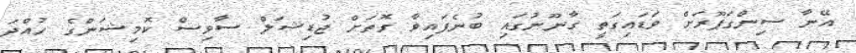
އޭނާ ސިންގަޕޫރަށް ވަޑައިގަތީ ގާނޫނުގައި ބުނެފައިވާ ގޮތަށް ޖުޑިޝަލް ސާވިސް ކޮމިޝަންގެ ހުއްދަ